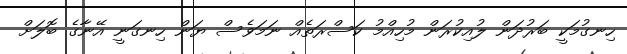
ހިނގުމަކީ ބަރުދަން ލުއިކުރަން މުހިއްމު ކަސްރަތެއް ނަމަވެސް ޔަން ހިނގަނީ އޭނާގެ ބޮލަށް